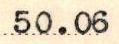
50.06